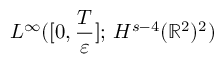
L ^ { \infty } ( [ 0 , \frac { T } { \varepsilon } ] ; \, H ^ { s - 4 } ( \mathbb { R } ^ { 2 } ) ^ { 2 } )